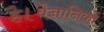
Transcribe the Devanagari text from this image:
है।वैज्ञानिकों